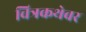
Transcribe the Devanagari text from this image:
चित्रकथेवर